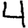
Digit: 4